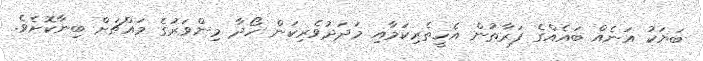
ބަޔަކު އަނެއް ބައެއްގެ ފަރާތުން އެހީތެރިކަމާއި މަދަދުވެރިކަން ހޯދާ މިންވަރުގެ މައްޗަށް ބިނާކޮށެވެ.